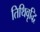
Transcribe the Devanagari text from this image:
तिथिवृद्धि